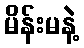
မိန်းမနဲ့